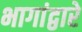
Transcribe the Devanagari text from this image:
भागांद्वारे